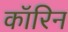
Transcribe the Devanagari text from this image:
कॉरिन